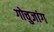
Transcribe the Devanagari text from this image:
गोचुजांग